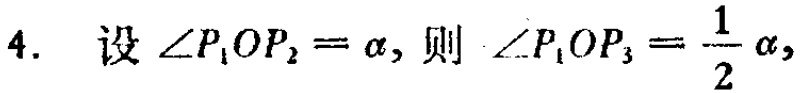
4. 设\(\angle P_{1}OP_{2}=\alpha\)，则 \(\angle P_{1}OP_{3}=\frac{1}{2}\alpha\)，